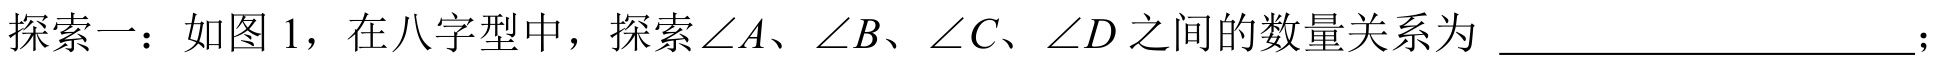
探索一：如图 1，在八字型中，探索$\angle A$、$\angle B$、$\angle C$、$\angle D$之间的数量关系为  ________________；